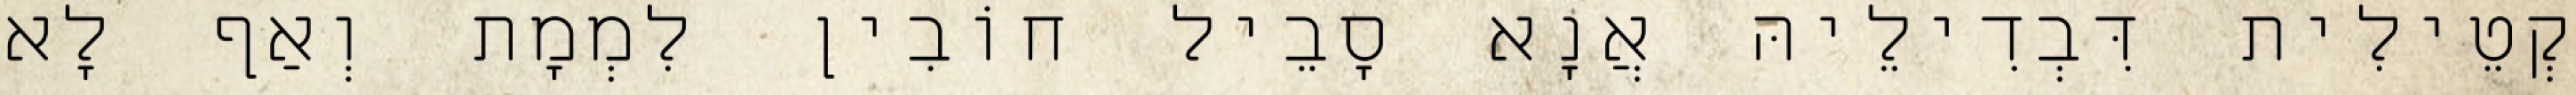
קְטֵילִית דִּבְדִילֵיהּ אֲנָא סָבֵיל חוֹבִין לִמְמָת וְאַף לָא